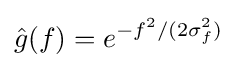
{\hat {g}}(f)=e^{-f^{2}/(2\sigma _{f}^{2})}